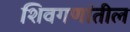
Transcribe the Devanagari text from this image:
शिवगणांतील